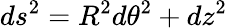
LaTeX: ds^{2}=R^{2}d\theta^{2}+dz^{2}